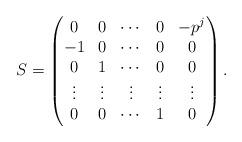
LaTeX: \begin{align*} S = \begin{pmatrix} 0 & 0 &\cdots& 0 & -p^j\\ -1 & 0 &\cdots & 0 & 0\\ 0 & 1 & \cdots & 0 & 0\\ \vdots&\vdots&\vdots&\vdots&\vdots\\ 0&0&\cdots&1&0 \end{pmatrix}.\end{align*}